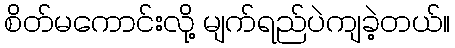
စိတ်မကောင်းလို့ မျက်ရည်ပဲကျခဲ့တယ်။